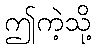
ဤကဲ့သို့